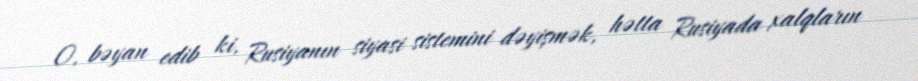
O, bəyan edib ki, Rusiyanın siyasi sistemini dəyişmək, hətta Rusiyada xalqların